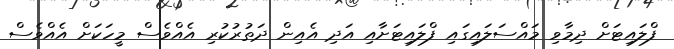
ފްލައިޓަށް ދިމާވި މައްސަލައިގައި ފްލައިޓަށާއި އަދި އެއިން ދަތުރުކުރި އެއްވެސް މީހަކަށް އެއްވެސް